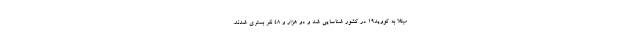
مبتلا به کووید۱۹ در کشور شناسایی شد و دو هزار و ۴۸ نفر بستری شدند.